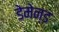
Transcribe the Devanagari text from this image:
डेमेन्ड